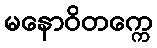
မနောဝိတက္ကေ